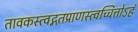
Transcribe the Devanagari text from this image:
तावकस्त्वद्गतप्राणस्त्वच्चित्तोऽहं